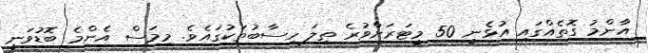
އާންމު ގޮތެއްގައި އުޅެނީ 50 މީޓަރަށްވުރެ ތިލަ ހިސާބުތަކުގައެވެ. މިމަސް އެންމެ ބޮޑުވަނީ